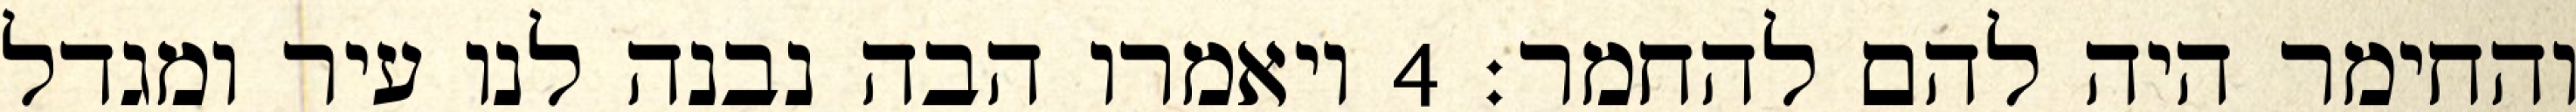
והחימר היה להם להחמר׃ ‎4‏ ויאמרו הבה נבנה לנו עיר ומגדל